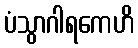
ပံသွာဂါရကေဟိ